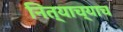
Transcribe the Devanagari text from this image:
नित्याच्याच